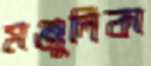
মঞ্জুলিকা